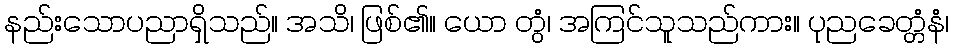
နည်းသောပညာရှိသည်။ အသိ၊ ဖြစ်၏။ ယော တွံ၊ အကြင်သူသည်ကား။ ပုညခေတ္တံနံ၊